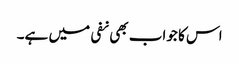
اس کا جواب بھی نفی میں ہے۔